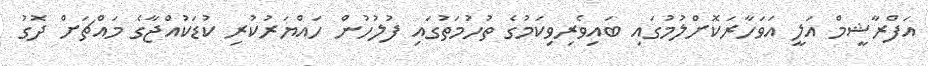
އަފްރާޝީމް އަލީ އަވަހާރަކޮށްލުމުގައި ބައިވެރިވިކަމުގެ ތުހުމަތުގައި ފުލުހުން ހައްޔަރުކުރި ކުޑަކުއްޖާގެ މައްޗަށް ދޮގު